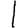
Digit: 1